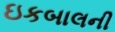
ઇકબાલની